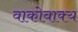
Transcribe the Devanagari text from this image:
वाकोवाक्य